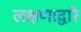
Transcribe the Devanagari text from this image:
लक्षणाद्वारे